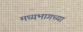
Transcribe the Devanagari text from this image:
मध्‍यभागच्या